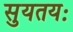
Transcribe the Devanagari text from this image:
सुयतयः